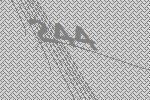
244